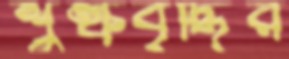
শুল্কবৃদ্ধির